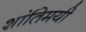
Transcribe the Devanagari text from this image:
शांतिमयी